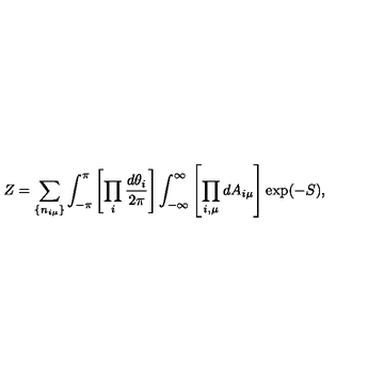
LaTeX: Z = \sum _ { \{ n _ { i \mu } \} } \int _ { - \pi } ^ { \pi } \left[ \prod _ { i } \frac { d \theta _ { i } } { 2 \pi } \right] \int _ { - \infty } ^ { \infty } \left[ \prod _ { i , \mu } d A _ { i \mu } \right] \exp ( - S ) ,